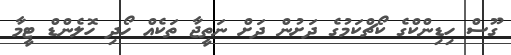
ގޫސް ހިޑިންކްގެ ކޯޗްކަމުގެ ދަށުން ދަށް ނަތީޖާ ތަކެއް ހޯދި ހޮލެންޑް ޓީމާ